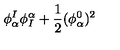
\phi _ { \alpha } ^ { I } \phi _ { I } ^ { \alpha } + { \frac { 1 } { 2 } } ( \phi _ { \alpha } ^ { 0 } ) ^ { 2 }